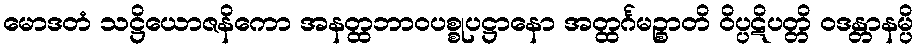
မောဒတံ သဋ္ဌိယောဇနိကော အနတ္ထဘာဝပစ္စုပဋ္ဌာနော အတ္ထင်္ဂမဉ္စာတိ ဝိပ္ပဋိပတ္တိ ဝဒန္တာနမ္ပိ